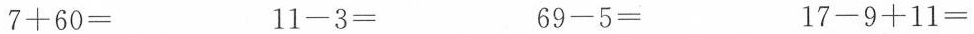
$$7 + 6 0 =$$ $$1 1 - 3 =$$ $$6 9 - 5 =$$ $$1 7 - 9 + 1 1 =$$